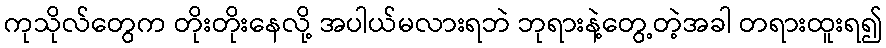
ကုသိုလ်တွေက တိုးတိုးနေလို့ အပါယ်မလားရဘဲ ဘုရားနဲ့တွေ့တဲ့အခါ တရားထူးရ၍